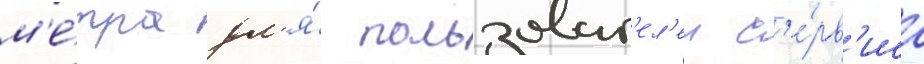
м'е́тра дл'я́ пользоват'ел'еи с'е́рв'иса